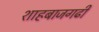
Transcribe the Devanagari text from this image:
शाहबाजगढी